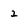
Character: 2